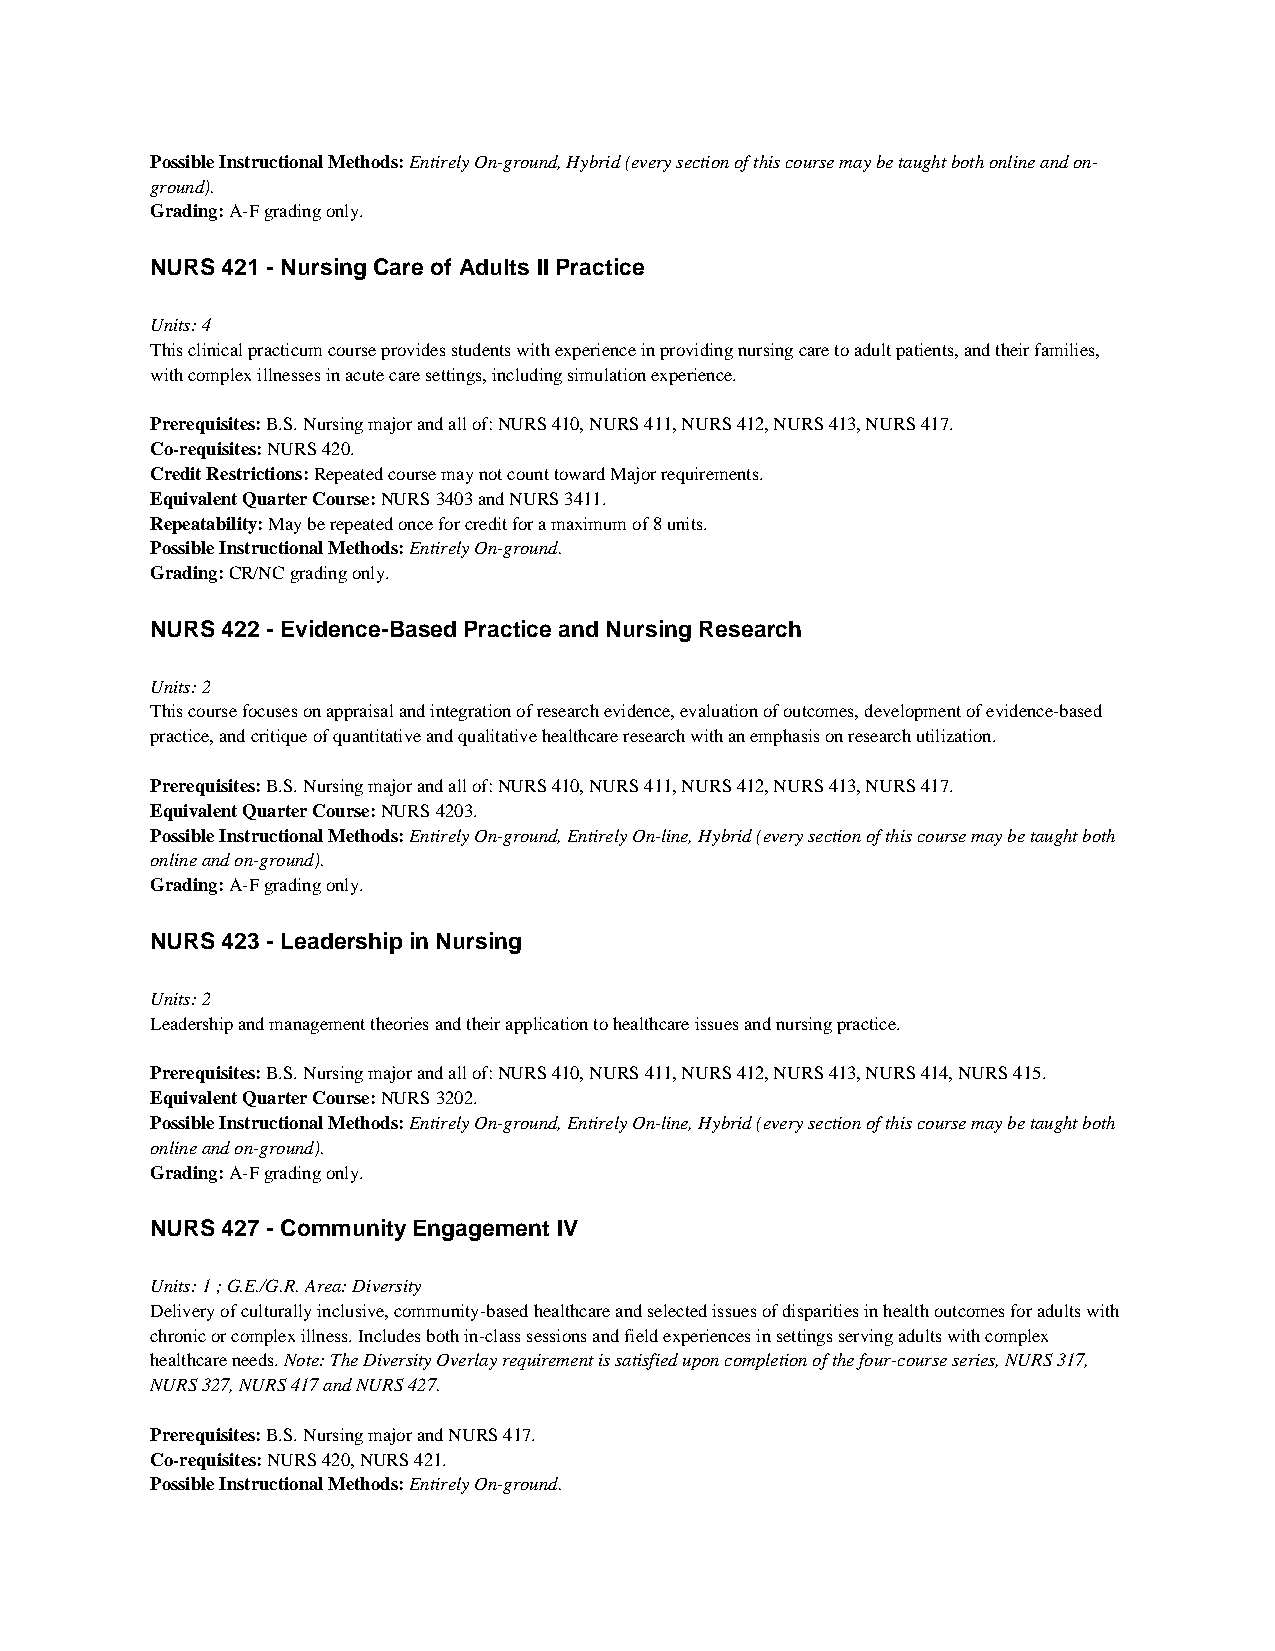
Possible Instructional Methods: Entirely On-ground, Hybrid (every section of this course may be taught both online and on-
 ground).
 Grading: A-F grading only.
 NURS 421 - Nursing Care of Adults II Practice
 Units: 4
 This clinical practicum course provides students with experience in providing nursing care to adult patients, and their families,
 with complex illnesses in acute care settings, including simulation experience.
 Prerequisites: B.S. Nursing major and all of: NURS 410, NURS 411, NURS 412, NURS 413, NURS 417.
 Co-requisites: NURS 420.
 Credit Restrictions: Repeated course may not count toward Major requirements.
 Equivalent Quarter Course: NURS 3403 and NURS 3411.
 Repeatability: May be repeated once for credit for a maximum of 8 units.
 Possible Instructional Methods: Entirely On-ground.
 Grading: CR/NC grading only.
 NURS 422 - Evidence-Based Practice and Nursing Research
 Units: 2
 This course focuses on appraisal and integration of research evidence, evaluation of outcomes, development of evidence-based
 practice, and critique of quantitative and qualitative healthcare research with an emphasis on research utilization.
 Prerequisites: B.S. Nursing major and all of: NURS 410, NURS 411, NURS 412, NURS 413, NURS 417.
 Equivalent Quarter Course: NURS 4203.
 Possible Instructional Methods: Entirely On-ground, Entirely On-line, Hybrid (every section of this course may be taught both
 online and on-ground).
 Grading: A-F grading only.
 NURS 423 - Leadership in Nursing
 Units: 2
 Leadership and management theories and their application to healthcare issues and nursing practice.
 Prerequisites: B.S. Nursing major and all of: NURS 410, NURS 411, NURS 412, NURS 413, NURS 414, NURS 415.
 Equivalent Quarter Course: NURS 3202.
 Possible Instructional Methods: Entirely On-ground, Entirely On-line, Hybrid (every section of this course may be taught both
 online and on-ground).
 Grading: A-F grading only.
 NURS 427 - Community Engagement IV
 Units: 1 ; G.E./G.R. Area: Diversity
 Delivery of culturally inclusive, community-based healthcare and selected issues of disparities in health outcomes for adults with
 chronic or complex illness. Includes both in-class sessions and field experiences in settings serving adults with complex
 healthcare needs. Note: The Diversity Overlay requirement is satisfied upon completion of the four-course series, NURS 317,
 NURS 327, NURS 417 and NURS 427.
 Prerequisites: B.S. Nursing major and NURS 417.
 Co-requisites: NURS 420, NURS 421.
 Possible Instructional Methods: Entirely On-ground.